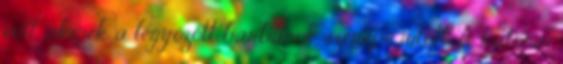
volt, akinek a legyőzött barbárok szerepe jutott A katonai